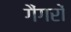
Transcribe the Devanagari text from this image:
गैंगरों